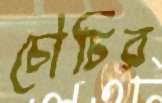
চৌচির